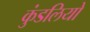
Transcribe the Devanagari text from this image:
कुंडलियो